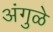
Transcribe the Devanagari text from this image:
अंगुळे